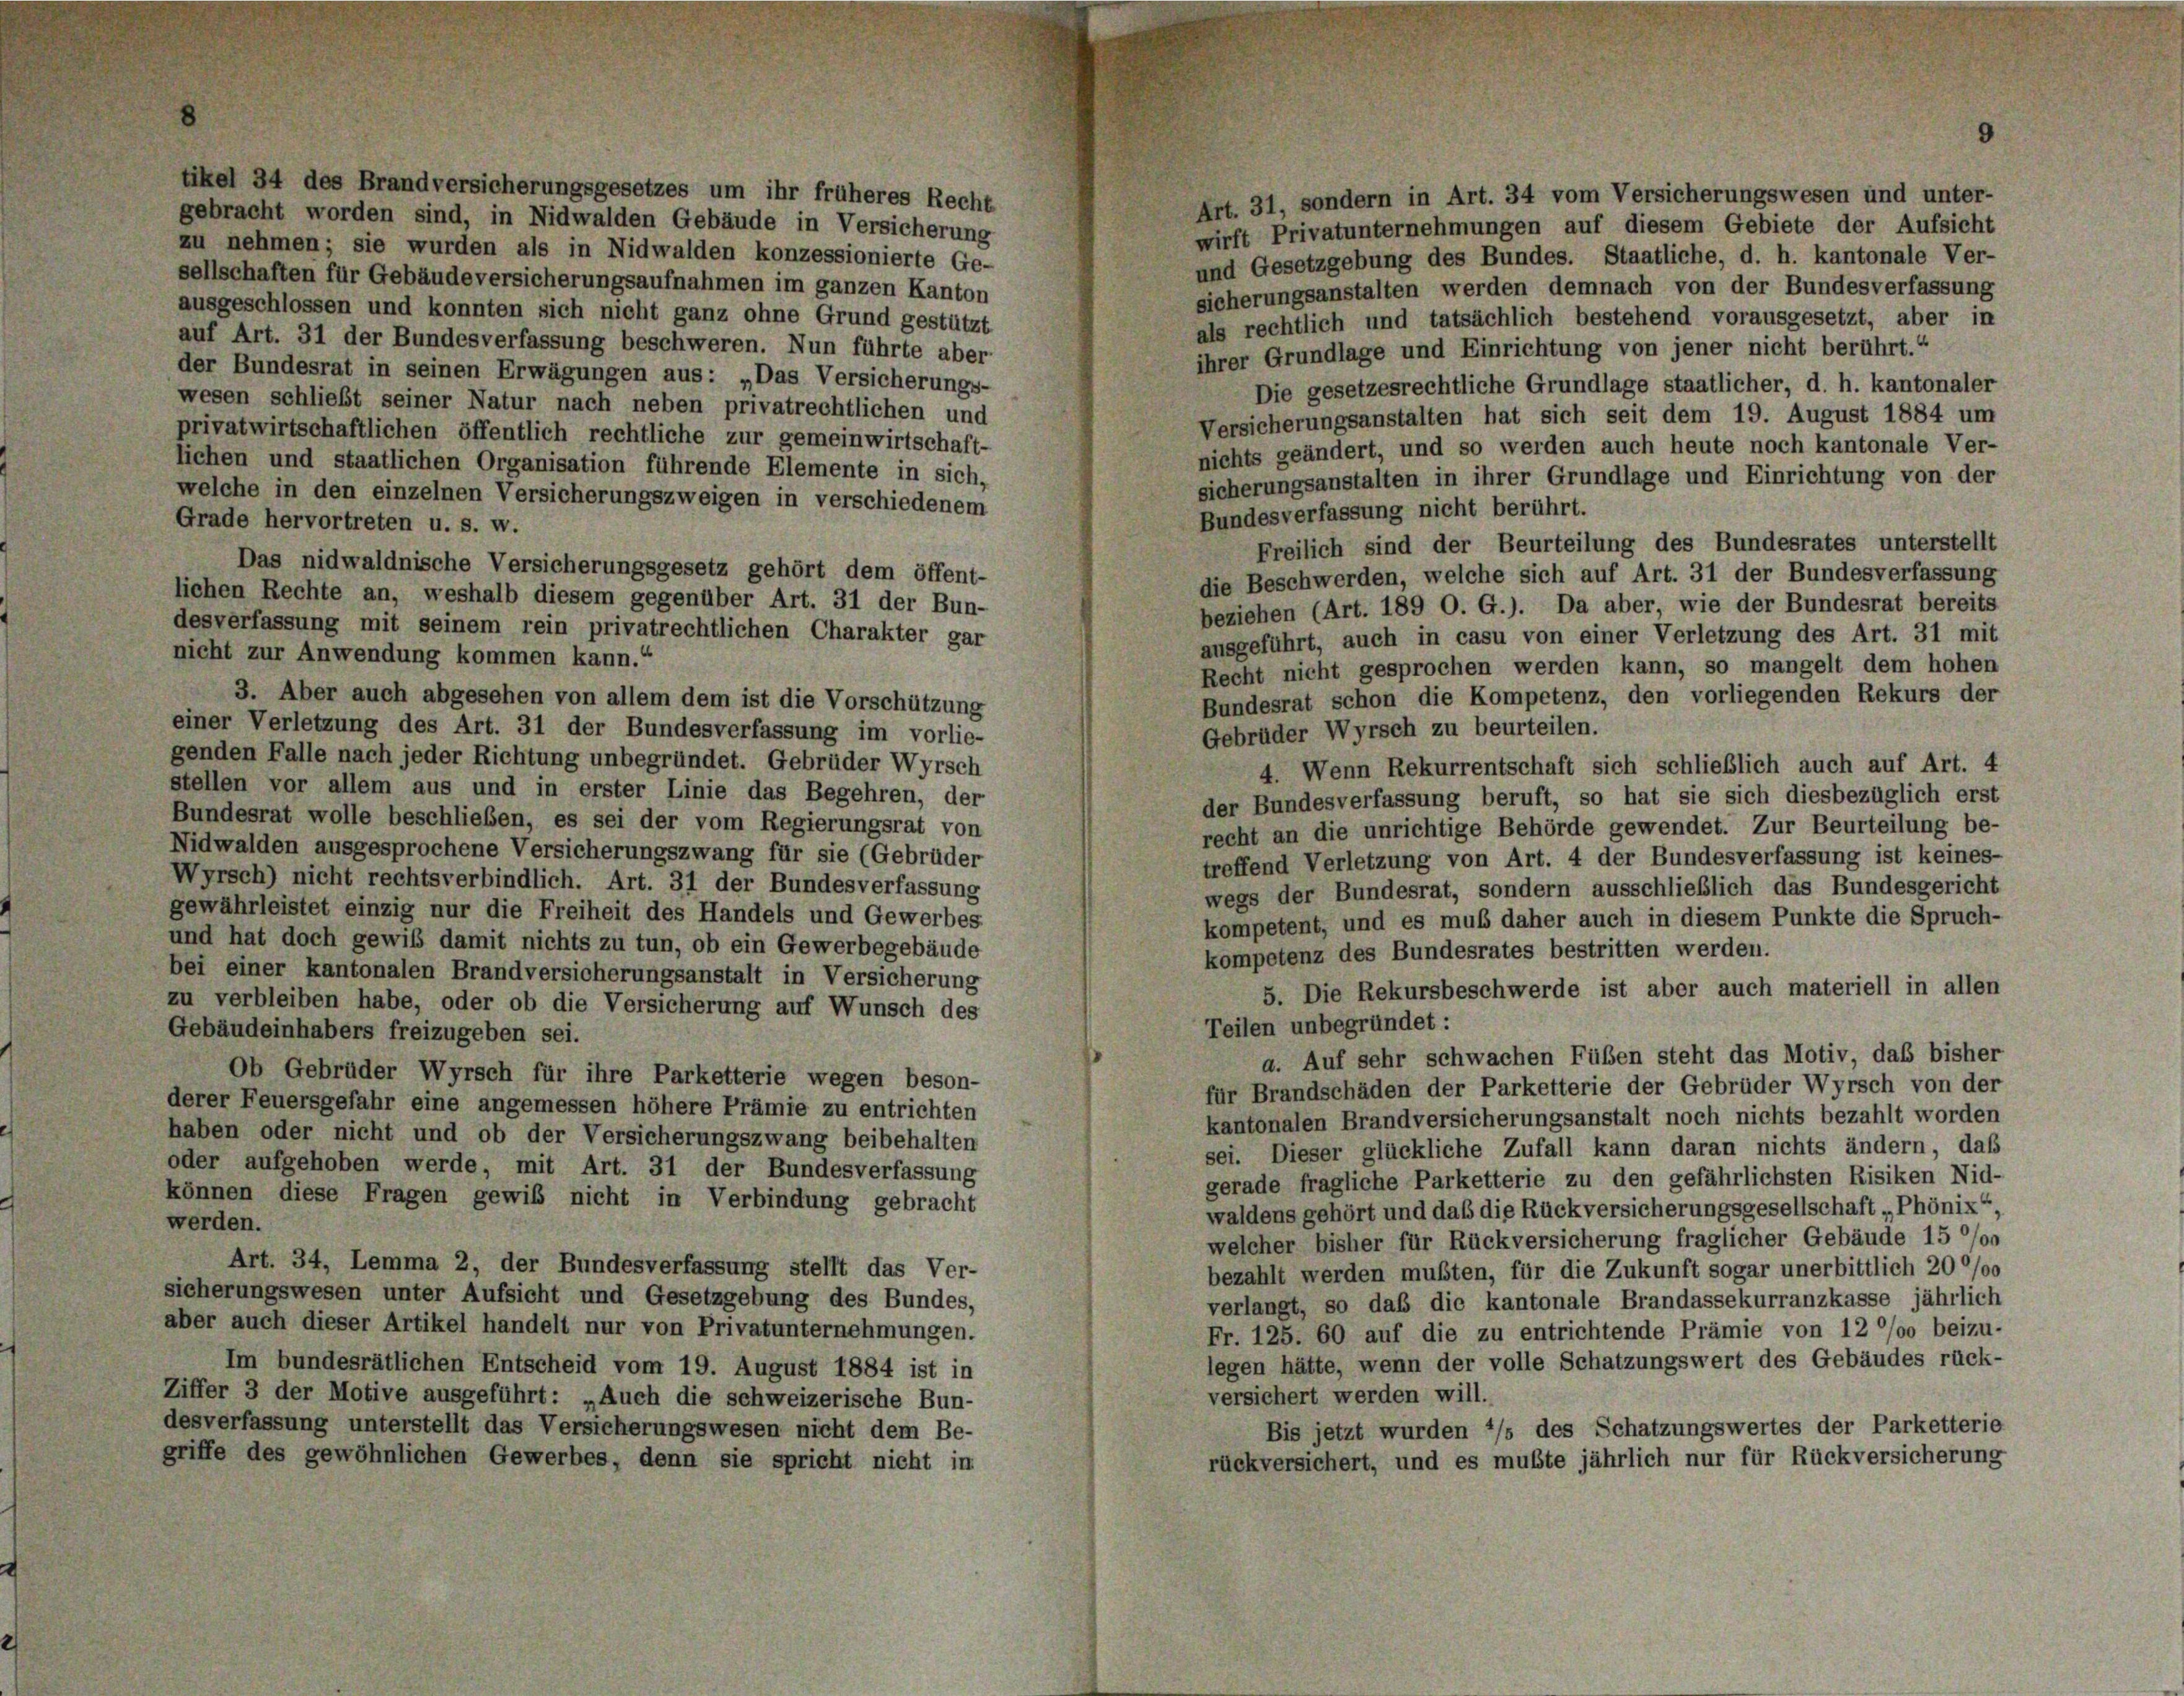
tikel 34 des Brandversicherungsgesetzes um ihr früheres Recht
gebracht worden sind, in Nidwalden Gebäude in Versicherung
zu nehmen; sie wurden als in Nidwalden konzessionierte Ge-

Art. 31, sondern in Art. 34 vom Versicherungswesen und unter-
wirft Privatunternehmungen auf diesem Gebiete der Aufsicht
und Gesetzgebung des Bundes. Staatliche, d. h. kantonale Ver-
sellschaften für Gebäude versicherungsaufnahmen im ganzen Kanton
sicherungsanstalten werden demnach von der Bundesverfassung
ausgeschlossen und konnten sich nicht ganz ohne Grund gestützt
als rechtlich und tatsächlich bestehend vorausgesetzt, aber in
auf Art. 31 der Bundesverfassung beschweren. Nun führte aber
ihrer Grundlage und Einrichtung von jener nicht berührt.“
der Bundesrat in seinen Erwägungen aus: „Das Versicherungs-
Die gesetzesrechtliche Grundlage staatlicher, d. h. kantonaler
wesen schließt seiner Natur nach neben privatrechtlichen und
Versicherungsanstalten hat sich seit dem 19. August 1884 um
privatwirtschaftlichen öffentlich rechtliche zur gemeinwirtschaft-
nichts geändert, und so werden auch heute noch kantonale Ver-
lichen und staatlichen Organisation führende Elemente in sich,
sicherungsanstalten in ihrer Grundlage und Einrichtung von der
welche in den einzelnen Versicherungszweigen in verschiedenem
Bundesverfassung nicht berührt.
Grade hervortreten u. s. w.
Freilich sind der Beurteilung des Bundesrates unterstellt
Das nidwaldnische Versicherungsgesetz gehört dem öffent-
die Beschwerden, welche sich auf Art. 31 der Bundesverfassung
lichen Rechte an, weshalb diesem gegenüber Art. 31 der Bun-
beziehen (Art. 189 O. G.). Da aber, wie der Bundesrat bereits
desverfassung mit seinem rein privatrechtlichen Charakter gar
ausgeführt, auch in casu von einer Verletzung des Art. 31 mit
nicht zur Anwendung kommen kann.“
Recht nicht gesprochen werden kann, so mangelt dem hohen
Bundesrat schon die Kompetenz, den vorliegenden Rekurs der
3. Aber auch abgesehen von allem dem ist die Vorschützung
einer Verletzung des Art. 31 der Bundesverfassung im vorlie-
Gebrüder Wyrsch zu beurteilen.
genden Falle nach jeder Richtung unbegründet. Gebrüder Wyrsch
4. Wenn Rekurrentschaft sich schließlich auch auf Art. 4
stellen vor allem aus und in erster Linie das Begehren, der
der Bundesverfassung beruft, so hat sie sich diesbezüglich erst
Bundesrat wolle beschlieben, es sei der vom Regierungsrat von
recht an die unrichtige Behörde gewendet. Zur Beurteilung be-
Nidwalden ausgesprochene Versicherungszwang für sie (Gebrüder
treffend Verletzung von Art. 4 der Bundesverfassung ist keines-
Wyrsch) nicht rechtsverbindlich. Art. 31 der Bundesverfassung
wegs der Bundesrat, sondern ausschließlich das Bundesgericht
gewährleistet einzig nur die Freiheit des Handels und Gewerbes
kompetent, und es muß daher auch in diesem Punkte die Spruch-
und hat doch gewiß damit nichts zu tun, ob ein Gewerbegebäude
kompetenz des Bundesrates bestritten werden.
bei einer kantonalen Brandversicherungsanstalt in Versicherung
5. Die Rekursbeschwerde ist aber auch materiell in allen
zu verbleiben habe, oder ob die Versicherung auf Wunsch des
Teilen unbegründet:
Gebäudeinhabers freizugeben sei.
a. Auf sehr schwachen Füßen steht das Motiv, das bisher
Ob Gebrüder Wyrsch für ihre Parketterie wegen beson-
für Brandschäden der Parketterie der Gebrüder Wyrsch von der
derer Feuersgefahr eine angemessen höhere Prämie zu entrichten
kantonalen Brandversicherungsanstalt noch nichts bezahlt worden
haben oder nicht und ob der Versicherungszwang beibehalten
sei. Dieser glückliche Zufall kann daran nichts ändern, daß
oder aufgehoben werde, mit Art. 31 der Bundesverfassung
gerade fragliche Parketterie zu den gefährlichsten Risiken Nid-
können diese Fragen gewiß nicht in Verbindung gebracht
waldens gehört und daß die Rückversicherungsgesellschaft „Phönix“
werden.
welcher bisher für Rückversicherung fraglicher Gebäude 15 °/o
Art. 34, Lemma 2, der Bundesverfassung stellt das Ver-
bezahlt werden mußten, für die Zukunft sogar unerbittlich 20000
sicherungswesen unter Aufsicht und Gesetzgebung des Bundes,
verlangt, so das die kantonale Brandassekurranzkasse jährlich
aber auch dieser Artikel handelt nur von Privatunternehmungen.
Fr. 125. 60 auf die zu entrichtende Prämie von 12 °/o beizu-
legen hätte, wenn der volle Schatzungswert des Gebäudes rück-
Im bundesrätlichen Entscheid vom 19. August 1884 ist in
Ziffer 3 der Motive ausgeführt: „Auch die schweizerische Bun-
versichert werden will.
desverfassung unterstellt das Versicherungswesen nicht dem Be-
Bis jetzt wurden */s des Schatzungswertes der Parketterie
griffe des gewöhnlichen Gewerbes, denn sie spricht nicht in
rückversichert, und es mußte jährlich nur für Rückversicherung

)